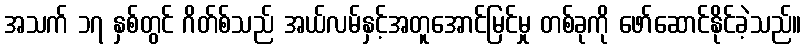
အသက် ၁၇ နှစ်တွင် ဂိတ်စ်သည် အယ်လမ်နှင့်အတူအောင်မြင်မှု တစ်ခုကို ဖော်ဆောင်နိုင်ခဲ့သည်။